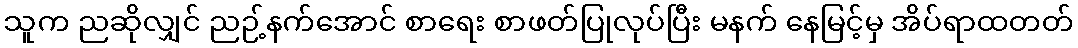
သူက ညဆိုလျှင် ညဉ့်နက်အောင် စာရေး စာဖတ်ပြုလုပ်ပြီး မနက် နေမြင့်မှ အိပ်ရာထတတ်